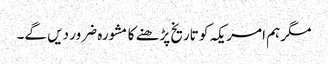
مگر ہم امریکہ کو تاریخ پڑھنے کا مشورہ ضرور دیں گے۔